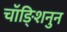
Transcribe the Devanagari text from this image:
चॉङ्शिनुन